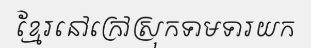
ខ្មែរនៅក្រៅស្រុកទាមទារយក